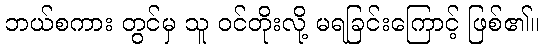
ဘယ်စကား တွင်မှ သူ ဝင်တိုးလို့ မရခြင်းကြောင့် ဖြစ်၏။